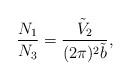
\begin{align*}\frac{N_1}{N_3}=\frac{\tilde{V}_2}{(2\pi)^2 \tilde{b}},\end{align*}